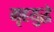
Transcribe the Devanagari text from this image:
गृहयुद्धे